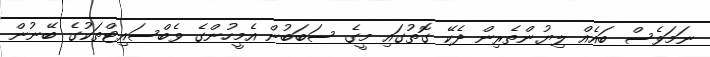
ނަމަވެސް ބައެއް ލިޔުންތެރިން ދެކޭ ގޮތުގައި މީގެ ސަބަބުން އެމީހުންގެ ވެބްސައިޓްތަކުގެ ބޭނުން